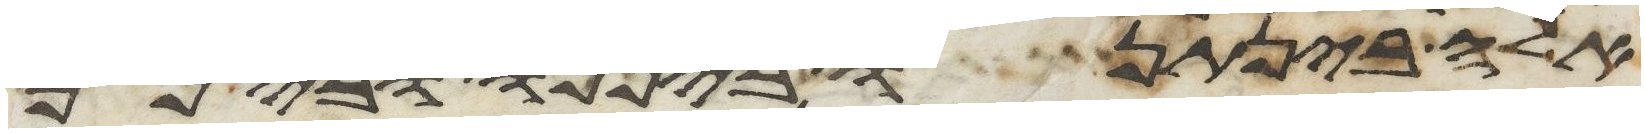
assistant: אשר נתן להם יהוה כה עשו אבתיכם